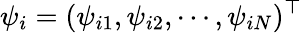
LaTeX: \psi_{i}=(\psi_{i1},\psi_{i2},\cdots,\psi_{iN})^{\top}